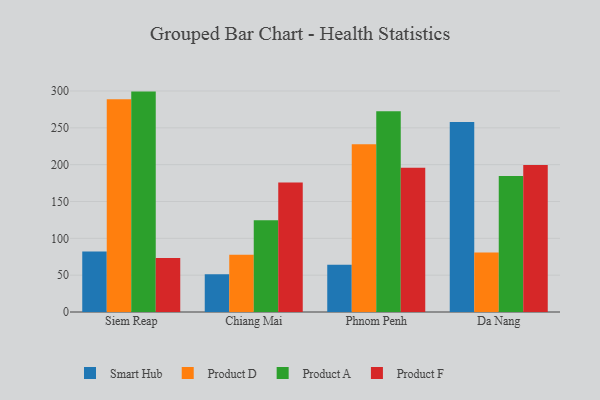
{"axis": {"x": "City", "y": "Energy Usage (MWh)"}, "legend": ["Product A", "Product D", "Product F", "Smart Hub"], "data": [{"x": "Siem Reap", "y": 82.3, "type": "Smart Hub"}, {"x": "Siem Reap", "y": 288.9, "type": "Product D"}, {"x": "Siem Reap", "y": 299.2, "type": "Product A"}, {"x": "Siem Reap", "y": 73.4, "type": "Product F"}, {"x": "Chiang Mai", "y": 51.2, "type": "Smart Hub"}, {"x": "Chiang Mai", "y": 77.8, "type": "Product D"}, {"x": "Chiang Mai", "y": 124.5, "type": "Product A"}, {"x": "Chiang Mai", "y": 175.7, "type": "Product F"}, {"x": "Phnom Penh", "y": 64.3, "type": "Smart Hub"}, {"x": "Phnom Penh", "y": 227.7, "type": "Product D"}, {"x": "Phnom Penh", "y": 272.4, "type": "Product A"}, {"x": "Phnom Penh", "y": 195.9, "type": "Product F"}, {"x": "Da Nang", "y": 257.9, "type": "Smart Hub"}, {"x": "Da Nang", "y": 80.8, "type": "Product D"}, {"x": "Da Nang", "y": 184.6, "type": "Product A"}, {"x": "Da Nang", "y": 199.5, "type": "Product F"}]}